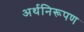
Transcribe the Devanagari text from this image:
अर्थनिरूपण